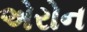
એરોન